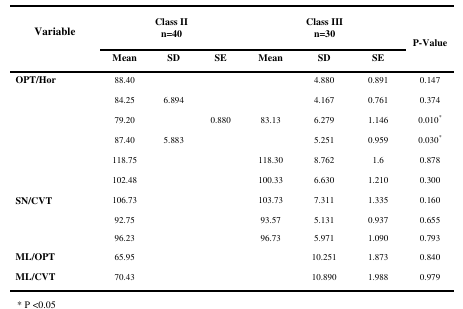
<table><thead><tr><td><b>Variable</b></td><td colspan="3"><b> Class IIn=40</b></td><td colspan="3"><b>Class IIIn=30</b></td><td><b>P-Value</b></td></tr><tr><td>[EMPTY_CELL]</td><td><b>Mean</b></td><td><b>SD</b></td><td><b>SE</b></td><td><b>Mean</b></td><td><b>SD</b></td><td><b>SE</b></td><td>[EMPTY_CELL]</td></tr></thead><tbody><tr><td><b>OPT/Hor</b></td><td>88.40</td><td>[EMPTY_CELL]</td><td>[EMPTY_CELL]</td><td>[EMPTY_CELL]</td><td>4.880</td><td>0.891</td><td>0.147</td></tr><tr><td>[EMPTY_CELL]</td><td>84.25</td><td>6.894</td><td>[EMPTY_CELL]</td><td>[EMPTY_CELL]</td><td>4.167</td><td>0.761</td><td>0.374</td></tr><tr><td>[EMPTY_CELL]</td><td>79.20</td><td>[EMPTY_CELL]</td><td>0.880</td><td>83.13</td><td>6.279</td><td>1.146</td><td>0.010<sup>*</sup></td></tr><tr><td>[EMPTY_CELL]</td><td>87.40</td><td>5.883</td><td>[EMPTY_CELL]</td><td>[EMPTY_CELL]</td><td>5.251</td><td>0.959</td><td>0.030<sup>*</sup></td></tr><tr><td>[EMPTY_CELL]</td><td>118.75</td><td>[EMPTY_CELL]</td><td>[EMPTY_CELL]</td><td>118.30</td><td>8.762</td><td>1.6</td><td>0.878</td></tr><tr><td>[EMPTY_CELL]</td><td>102.48</td><td>[EMPTY_CELL]</td><td>[EMPTY_CELL]</td><td>100.33</td><td>6.630</td><td>1.210</td><td>0.300</td></tr><tr><td><b>SN/CVT</b></td><td>106.73</td><td>[EMPTY_CELL]</td><td>[EMPTY_CELL]</td><td>103.73</td><td>7.311</td><td>1.335</td><td>0.160</td></tr><tr><td>[EMPTY_CELL]</td><td>92.75</td><td>[EMPTY_CELL]</td><td>[EMPTY_CELL]</td><td>93.57</td><td>5.131</td><td>0.937</td><td>0.655</td></tr><tr><td>[EMPTY_CELL]</td><td>96.23</td><td>[EMPTY_CELL]</td><td>[EMPTY_CELL]</td><td>96.73</td><td>5.971</td><td>1.090</td><td>0.793</td></tr><tr><td><b>ML/OPT</b></td><td>65.95</td><td>[EMPTY_CELL]</td><td>[EMPTY_CELL]</td><td>[EMPTY_CELL]</td><td>10.251</td><td>1.873</td><td>0.840</td></tr><tr><td><b>ML/CVT</b></td><td>70.43</td><td>[EMPTY_CELL]</td><td>[EMPTY_CELL]</td><td>[EMPTY_CELL]</td><td>10.890</td><td>1.988</td><td>0.979</td></tr></tbody></table>